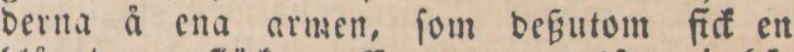
derna å ena armen, ſom deßutom fick en